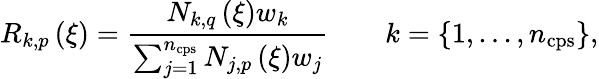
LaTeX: R_{k,p}\left(\xi\right)=\frac{N_{k,q}\left(\xi\right)w_{k}}{\sum_{j=1}^{n_{\mathrm{{cps}}}}N_{j,p}\left(\xi\right)w_{j}}\qquad k=\{ 1,...,n_{\mathrm{cps}}\} ,